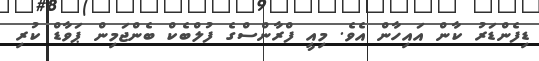
ޑިފެންޑަރު ކާން އައިހާން އެވެ. މިއީ ފްރާންސްގެ ފުލްބެކް ބެންޖަމިން ޕަވާޑް ކުރި